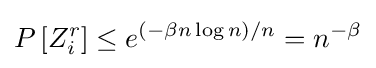
P\left[{Z}_{i}^{r}\right]\leq e^{(-\beta n\log n)/n}=n^{-\beta }